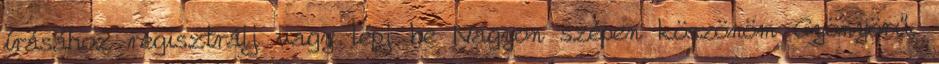
írásához regisztrálj vagy lépj be Nagyon szépen köszönöm Gyönyörű,